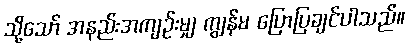
သို့သော် အနည်းအကျဉ်းမျှ ကျွန်မ ပြောပြချင်ပါသည်။